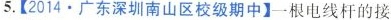
5.【2014•广东深圳南山区校级期中】一根电线杆的接